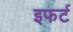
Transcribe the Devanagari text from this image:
इफर्ट